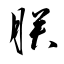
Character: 朕